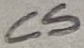
Text: C5